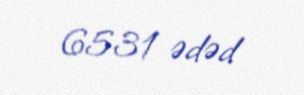
6531 ədəd